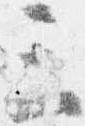
三